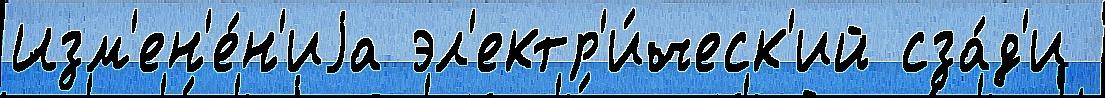
Изм'ен'е́н'иjа эл'ектр'и́ческ'ий сза́д'и